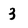
Character: 3